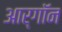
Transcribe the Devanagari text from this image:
आर्‌गॉन